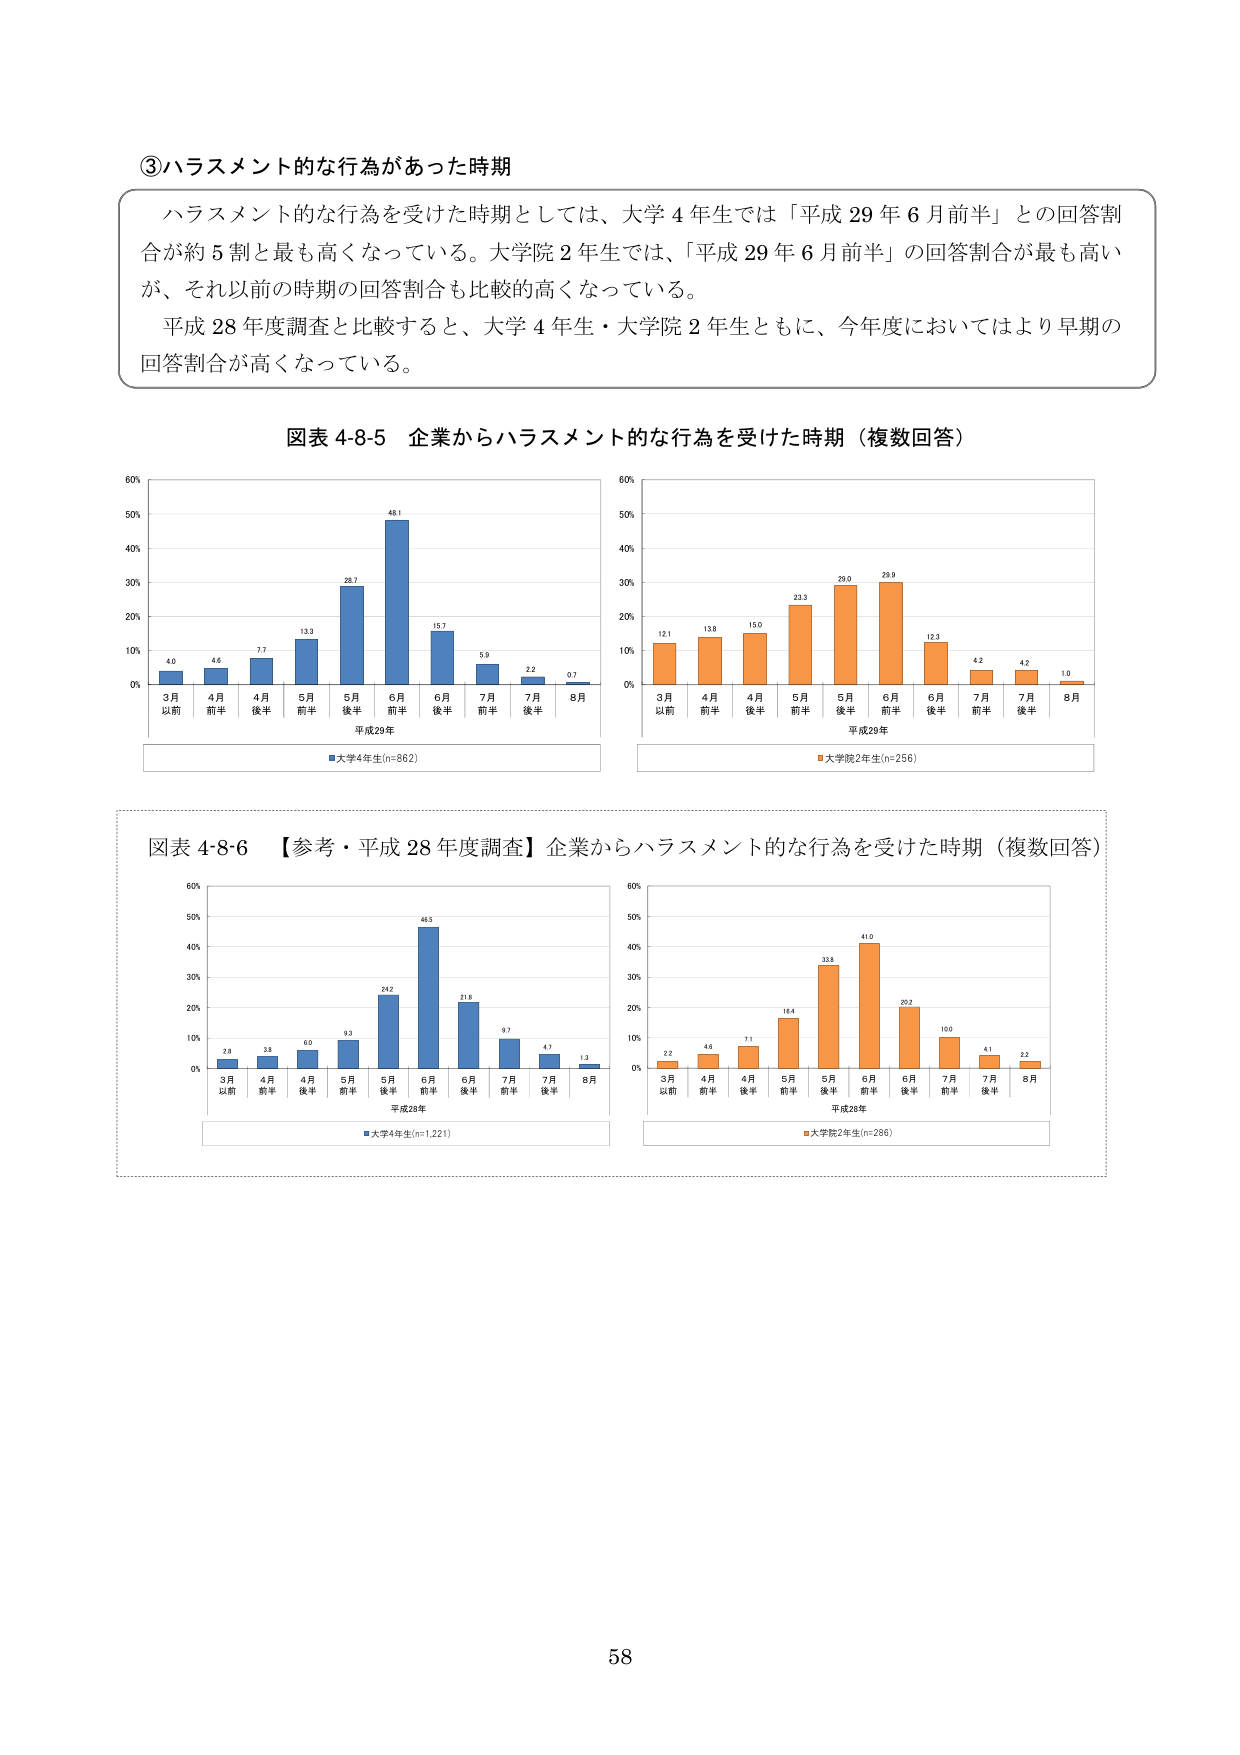
③ハラスメント的な行為があった時期

ハラスメント的な行為を受けた時期としては、大学４年生では「平成29年6月前半」との回答割合が約5割と最も高くなっている。大学院2年生では、「平成29年6月前半」の回答割合が最も高いが、それ以前の時期の回答割合も比較的高くなっている。
平成28年度調査と比較すると、大学4年生・大学院2年生ともに、今年度においてはより早期の回答割合が高くなっている。

図表4-8-5 企業からハラスメント的な行為を受けた時期（複数回答）

3月以前 4.0
4月前半 4.6
4月後半 7.7
5月前半 13.3
5月後半 26.7
6月前半 48.1
6月後半 15.7
7月前半 5.9
7月後半 2.2
8月 0.7
平成29年
■大学4年生(n=862)

3月以前 12.1
4月前半 13.8
4月後半 15.0
5月前半 23.3
5月後半 29.0
6月前半 29.9
6月後半 12.3
7月前半 4.2
7月後半 4.2
8月 1.0
平成29年
■大学院2年生(n=256)

図表4-8-6 【参考・平成28年度調査】企業からハラスメント的な行為を受けた時期（複数回答）

3月以前 2.8
4月前半 3.8
4月後半 6.0
5月前半 9.3
5月後半 24.2
6月前半 46.5
6月後半 21.8
7月前半 9.7
7月後半 4.7
8月 1.3
平成28年
■大学4年生(n=1,221)

3月以前 2.2
4月前半 4.6
4月後半 7.1
5月前半 16.4
5月後半 33.8
6月前半 41.0
6月後半 20.2
7月前半 10.0
7月後半 4.1
8月 2.2
平成28年
■大学院2年生(n=286)

58